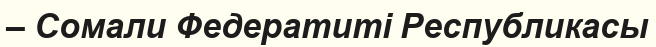
– Сомали Федератиті Республикасы